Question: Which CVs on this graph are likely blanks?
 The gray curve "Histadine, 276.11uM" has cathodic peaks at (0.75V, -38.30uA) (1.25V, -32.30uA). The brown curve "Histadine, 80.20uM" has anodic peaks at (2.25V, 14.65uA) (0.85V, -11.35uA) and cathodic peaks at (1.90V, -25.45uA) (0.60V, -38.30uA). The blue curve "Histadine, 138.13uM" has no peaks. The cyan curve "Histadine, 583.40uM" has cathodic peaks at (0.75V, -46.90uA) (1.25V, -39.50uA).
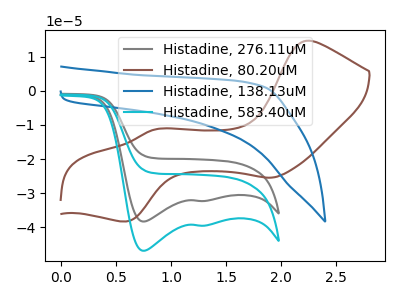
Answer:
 <answer>"Histadine, 138.13uM" is likely to be a blank.</answer>
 <eval>Histadine, 138.13uM</eval>